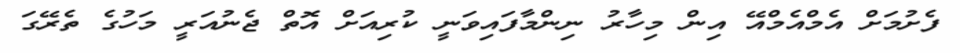
ފެށުމަށް އެމްއެމްއޭ އިން މިހާރު ނިންމާފައިވަނީ ކުރިއަށް އޮތް ޖެނުއަރީ މަހުގެ ތެރޭގަ